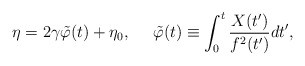
\begin{align*}\eta =2\gamma \tilde{\varphi}(t)+\eta_{0}, ~~~~\tilde{\varphi}(t) \equiv \int_{0}^{t} \frac{X(t^{\prime})}{f^{2}(t^{\prime})}d t^{\prime} ,\end{align*}